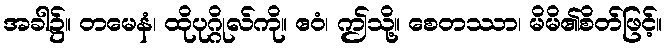
အခါ၌။ တမေနံ၊ ထိုပုဂ္ဂိုလ်ကို။ ဧဝံ၊ ဤသို့။ စေတဿာ၊ မိမိ၏စိတ်ဖြင့်။